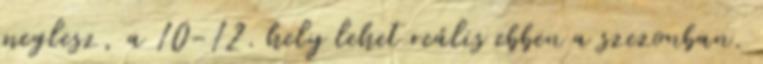
meglesz, a 10-12. hely lehet reális ebben a szezonban.